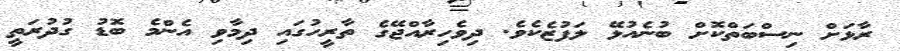
ރާޅަށް ނިސްބަތްކޮށް ބުނެއުޅޭ ލަފުޒެކެވެ. ދިވެހިރާއްޖޭގެ ތާރީހުގައި ދިމާވި އެންމެ ބޮޑު ގުދުރަތީ